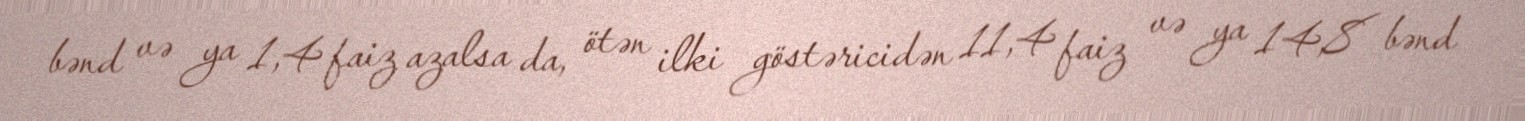
bənd və ya 1,4 faiz azalsa da, ötən ilki göstəricidən 11,4 faiz və ya 14,8 bənd